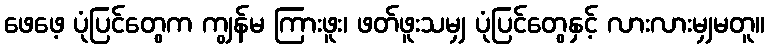
ဖေဖေ့ ပုံပြင်တွေက ကျွန်မ ကြားဖူး၊ ဖတ်ဖူးသမျှ ပုံပြင်တွေနှင့် လားလားမျှမတူ။